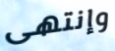
وإنتهى